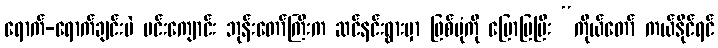
ရောက်-ရောက်ချင်းပဲ ပင်းကျောင်း ဘုန်းတော်ကြီးက ဆင်နင်းရွားမှာ ဖြစ်ပုံကို ပြောပြပြီး “ကိုယ်တော် ကယ်နိုင်ရင်